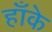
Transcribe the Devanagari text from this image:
हाँके